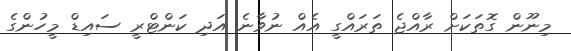
މިނޫން ގޮތަކަށް ރާއްޖެ ތަރައްގީ އެއް ނުވާނެ އަދި ކަންޓްރީ ސައިޑް މީހުންގެ